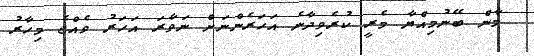
މާން ބޭނުމިއްޔާ މެރީ ކުރެވިދާނެ އަހަރެންނަށް ނަވާރަ އަހަރު ވެއްޖެ މިހާރު